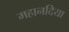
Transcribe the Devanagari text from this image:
महानदिया